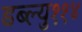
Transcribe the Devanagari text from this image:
डब्ल्यु११४